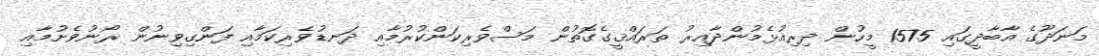
މަނަދޫގެ އާބާދީގައި 1575 މީހުން ދިރިއުޅެމުންދާއިރު ތަރައްޤީގެގޮތުން މަސްވެރިކަންކުރުމާއި ދަނޑުވެރިކަމާއި ފަންގިވިނުން ރޯނުވެށުމާއި